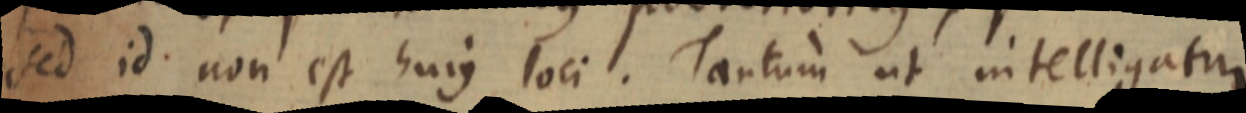
Sed id non est hujus loci. Tantum ut intelligatur